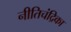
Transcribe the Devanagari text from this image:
नीतिचंद्रिका